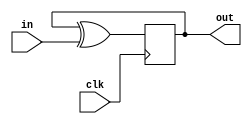
module top_module (
    input clk,
    input in, 
    output reg out);
    wire d;
    assign d = out^in;
    always @(posedge clk) begin
        out <= d;
    end
endmodule